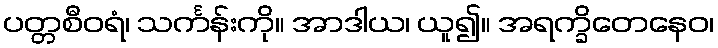
ပတ္တစီဝရံ၊ သင်္ကန်းကို။ အာဒါယ၊ ယူ၍။ အရက္ခိတေနေဝ၊